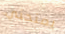
يمنحني